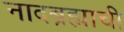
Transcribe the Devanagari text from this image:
नादब्रह्माची